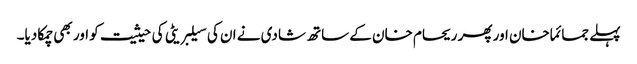
پہلے جمائما خان اور پھر ریحام خان کے ساتھ شادی نے ان کی سیلبریٹی کی حیثیت کو اور بھی چمکا دیا۔